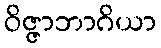
ဝိဇ္ဇာဘာဂိယာ